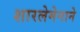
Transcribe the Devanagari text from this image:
शारलेमेनाने